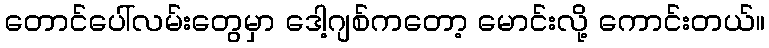
တောင်ပေါ်လမ်းတွေမှာ ဒေါ့ဂျစ်ကတော့ မောင်းလို့ ကောင်းတယ်။